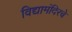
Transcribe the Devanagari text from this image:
विद्यामंदिरचे